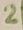
Text: 2